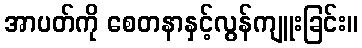
အာပတ်ကို စေတနာနှင့်လွန်ကျူးခြင်း။